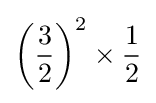
\left({\frac {3}{2}}\right)^{2}\times {\frac {1}{2}}